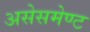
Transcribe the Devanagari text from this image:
असेसमेण्ट